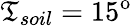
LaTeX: \mathfrak{T}_{soil}=15\mathrm{{^o}}